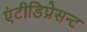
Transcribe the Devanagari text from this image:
एंटीडिप्रेसन्ट